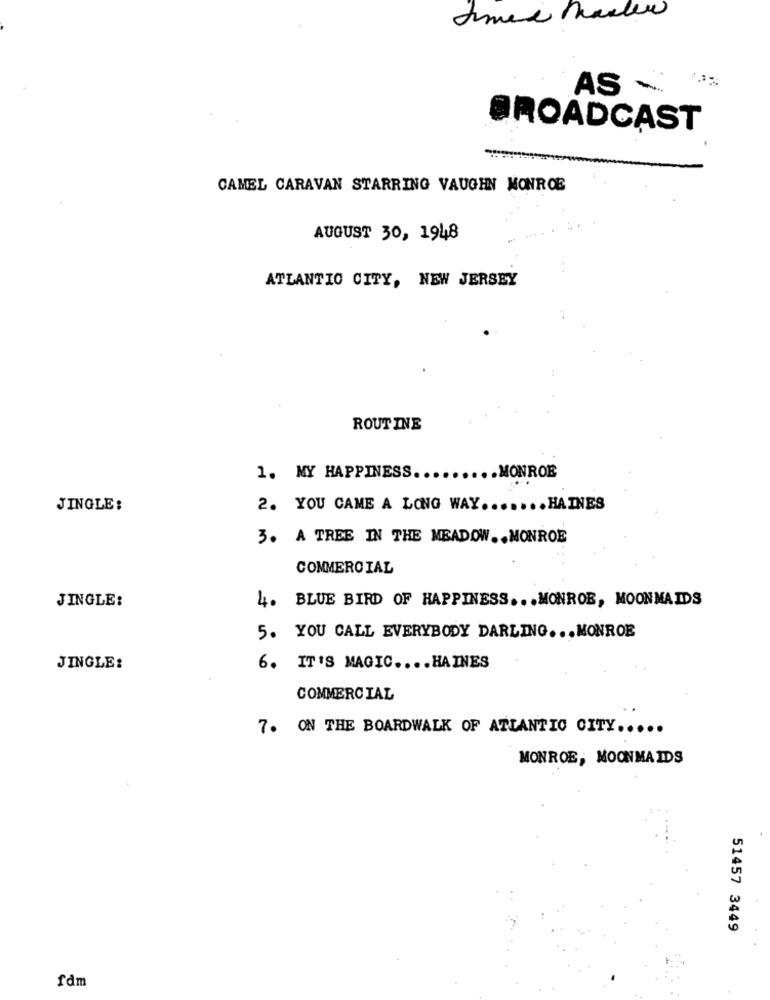
AS
BROADCAST
CAMEL CARAVAN STARRING VAUGHN MONROE
AUGUST 30, 1948
ATLANTIC CITY, NEW JERSEY
ROUTINE
1. MY HAPPINESS.
.MONROE
JINGLE:
2. YOU CAME A LONG WAY ....... HAINES
3. A TREE IN THE MEADOW .. MONROE
COMMERCIAL
JINGLE:
4. BLUE BIRD OF HAPPINESS ... MONROE, MOONMAIDS
5. YOU CALL EVERYBODY DARLING ... MONROE
JINGLE:
6. IT'S MAGIC .... HAINES
COMMERCIAL
7. ON THE BOARDWALK OF ATLANTIC CITY .....
MONROE, MOONMAIDS
51457 3449
fdm